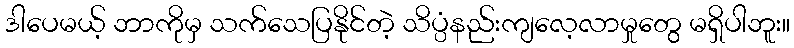
ဒါပေမယ့် ဘာကိုမှ သက်သေပြနိုင်တဲ့ သိပ္ပံနည်းကျလေ့လာမှုတွေ မရှိပါဘူး။